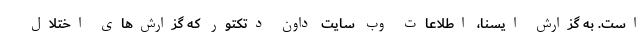
است. به گزارش ایسنا، اطلاعات وب سایت داون دتکتور که گزارش‌های اختلال